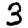
Digit: 3